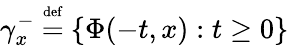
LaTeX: \gamma_{x}^{-}\ {\overset{\underset{\mathrm{def}}{}}{=}}\ \{ \Phi(-t,x):t\geq 0\}